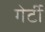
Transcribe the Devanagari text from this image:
गेर्टी